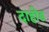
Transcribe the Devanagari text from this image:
दाहोड